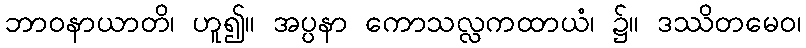
ဘာဝနာယာတိ၊ ဟူ၍။ အပ္ပနာ ကောသလ္လကထာယံ၊ ၌။ ဒဿိတမေဝ၊